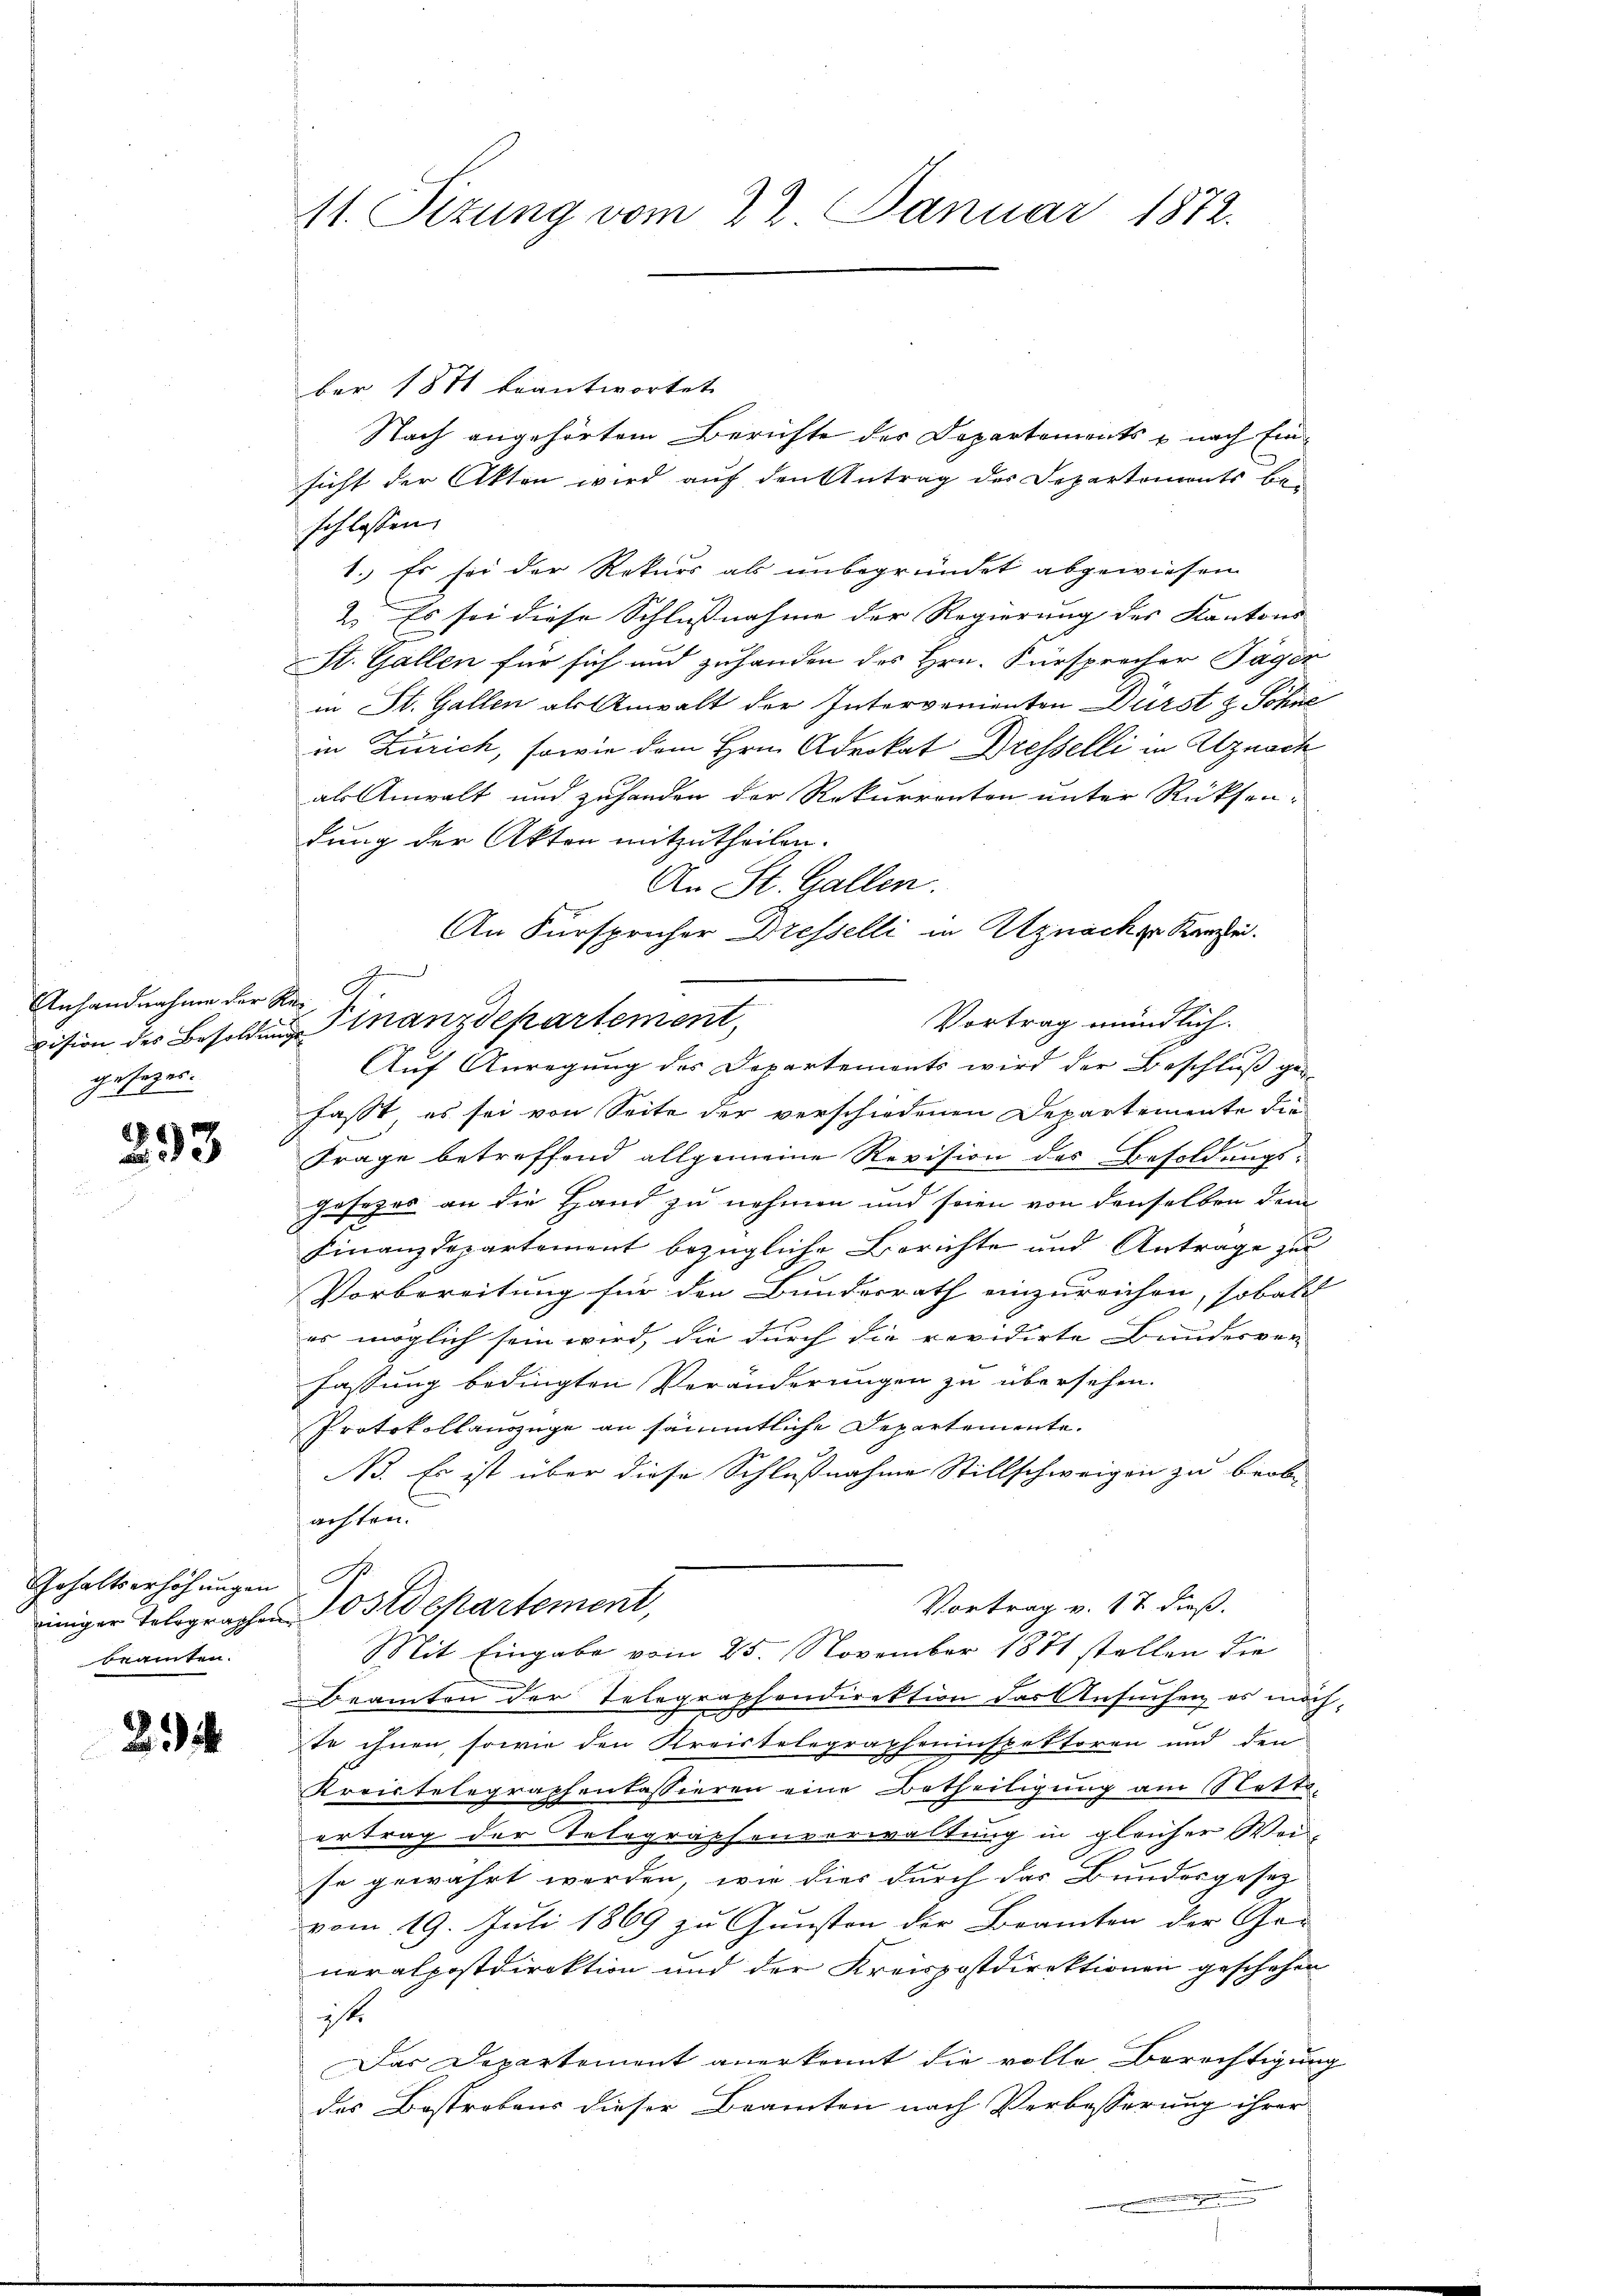
Anhandnahme der Regesezes.

293

Gehaltserhöhŭngen S
beamten.

2

11. Sizung vom 22. Januar 1872.

ber 1871 beantwortet.
Nach angehörtem Berichte der Departements u nach Einsicht der Akten wird auf den Antrag des Departements beschlossen:
1. Es sei der Rekurs als unbegründet abgewiesen
2. Es sei diese Schlußnahme der Regierung des Kantons
St. Gallen für sich und zuhanden des Hrn. Fürsprecher Tägen
in St. Gallen als Anwalt der Intervenienten Dürst & Söhne
in Zürich, sowie dem Hrn. Advokat Dresselli in Uznach
als Anwalt und zuhanden der Rekurrenten unter Rücksendung der Akten mitzutheilen.
An St. Gallen.
An Fürspricher Dresselli in Atznachge Kanzlei.
2
Vortrag mündlich.
vision des Besoldung finanzdepartement,
fasst es sei von Seite der verschiedenen Departemente die
Frage betreffend allgemeine Revision des Besoldungs-
Gesezes an die Hand zu nehmen und seien von denselben dem
Finanzdepartement bezügliche Berichte und Antrage zur
Vorbereitung für den Bundesrath einzureichen, sobald |
er möglich sein wird, die durch die revidirte Bundesver-
fassung bedingten Veränderungen zu übersehen.
Protokollauszüge an sämmtliche Departemente.
Bo. Es ist über diese Schlußnahme Stillschweigen zu beobachten.
Vortrag v. 17 dieß.
einiger Tolographen Postdepartement,
Mit Eingabe vom 25. November 1871 stellen die
Beamten der Telegraphendirektion das Ansuchen, es möchste ihnen, sowie den Kreistelegrapheninspektoren und den
Kreistelegraphenlassieren eine Betheiligung am Nettertrag der Telegraphenverwaltung in gleicher Wei
se gewährt werden, wie dies durch das Bundesgesez
vom 19. Juli 1869 zu Gunsten der Beamten der Ge-
neralpostdirektion und der Kreispostdirektionen geschehen
ist.
Das Departement anerkennt die volle Berechtigung
des Bestrobens dieser Beamten nach Verbesserung ihrer

Auf Anregung des Departements wird der Beschluß ge-